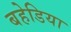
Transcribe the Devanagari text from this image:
बहेडिया